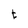
Character: t